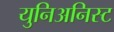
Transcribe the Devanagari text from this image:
युनिअनिस्ट